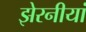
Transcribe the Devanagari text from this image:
झेरनीयां